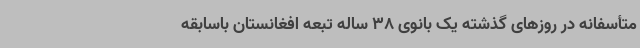
متأسفانه در روزهای گذشته یک بانوی 38 ساله تبعه افغانستان باسابقه